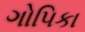
ગોપિકા